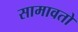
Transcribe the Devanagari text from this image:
सामावतो